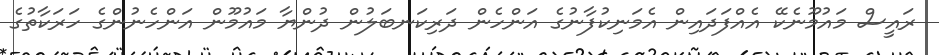
ރައީސް މައުމޫނެކޭ އެއްފަދައިން އެމަނިކުފާނުގެ އަންހެން ދަރިކަނބަލުން ދުންޔާ މައުމޫން އަންހެނުންގެ ހަރަކާތުގެ